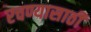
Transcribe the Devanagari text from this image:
रचण्यासाठी